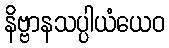
နိဗ္ဗာနသပ္ပါယံယေဝ